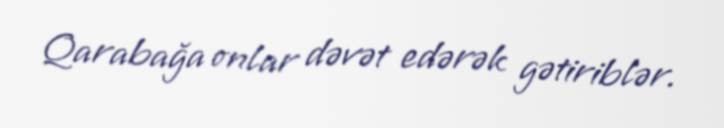
Qarabağa onlar dəvət edərək gətiriblər.